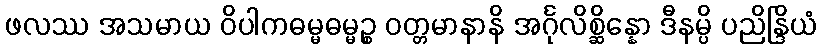
ဖလဿ အသမာယ ဝိပါကဓမ္မဓမ္မဉ္စ ဝတ္တမာနာနိ အင်္ဂုလိစ္ဆိန္နော ဒီနမ္ပိ ပညိန္ဒြိယံ